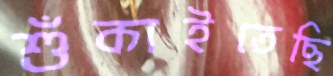
শুঁকাইতেছি